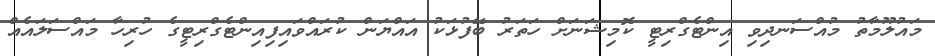
މައުލޫމާތު މުއްސަނދިވި އިންޓެގްރިޓީ ކޮމިޝަނަށް ހަތަރު ބޭފުޅަކު އައްޔަން ކުރައްވައިފިއިންޓެގްރިޓީގެ ހުރިހާ މައްސަލައެއް